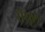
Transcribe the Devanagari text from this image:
रीशूल